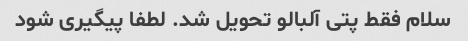
سلام فقط پتی آلبالو تحویل شد. لطفا پیگیری شود